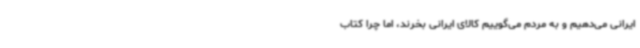
ایرانی می‌دهیم و به مردم می‌گوییم کالای ایرانی بخرند، اما چرا کتاب